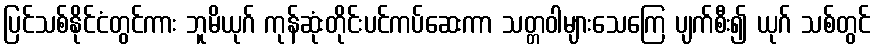
ပြင်သစ်နိုင်ငံတွင်ကား ဘူမိယုဂ် ကုန်ဆုံးတိုင်းပင်ကပ်ဆေးကာ သတ္တဝါများသေကြေ ပျက်စီး၍ ယုဂ် သစ်တွင်